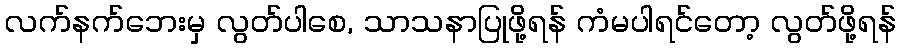
လက်နက်ဘေးမှ လွတ်ပါစေ, သာသနာပြုဖို့ရန် ကံမပါရင်တော့ လွတ်ဖို့ရန်